Civil Veterinary Department Bihar & Orissa reports 1922-29 - 1922-1929
Year: 1922
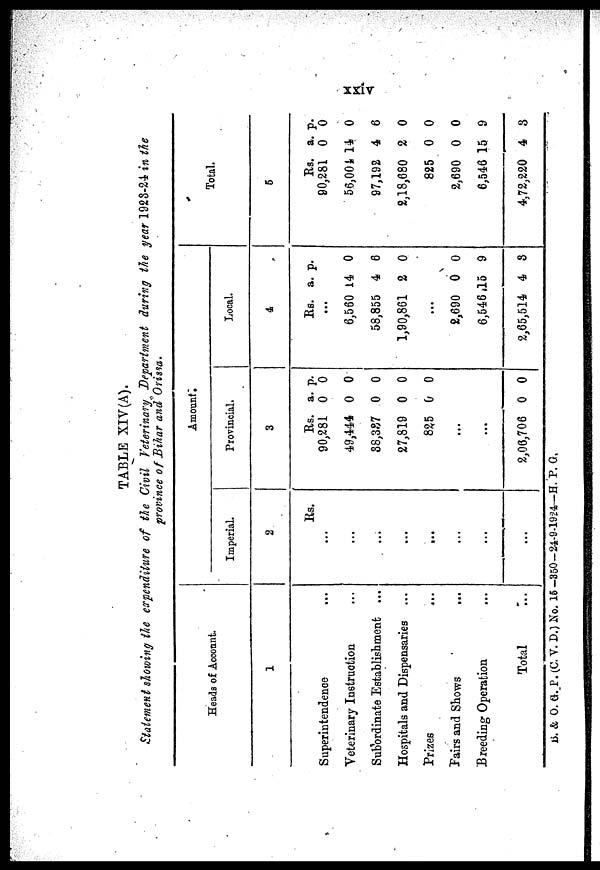
TABLE XIV(A).
Statement slowing the expenditure of tie Civil Veterinary Department during the year 1928-24 in the
province of Bihar and Orissa.
Heads of Account.
1
Superintendence
Veterinary Instruction
Subordinate Establishment ...
Hospitals and Dispensaries ...
Prizes
...
Fairs and Shows
Breeding Operation
Total
Amount.
Imperial.
2
Rs.
Provincial.
3
Rs.
90,281
49,444
38,387
27,819
825
...
...
2,06,706
a.
0
0
0
0
0
0
p.
0
0
0
0
0
0
Local
4
Rs.
...
6,560
58,855
1,90,861
...
2,690
6,546,
2,65,514
a.
14
4
2
0
15
4
p.
0
6
0
0
9
8
Total.
5
Rs.
90,281
56,004
97,192
2,18,680
825
2,690
6,546
4,72,220
a.
0
14
4
2
0
0
15
4
p.
0
0
6
0
0
0
9
8
B. & O. G.P. (C. V. D.) No. 15-350-24-9.1924—H. P. G.